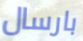
بارسال